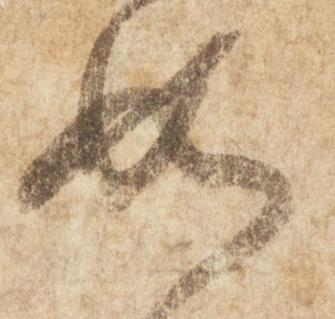
如